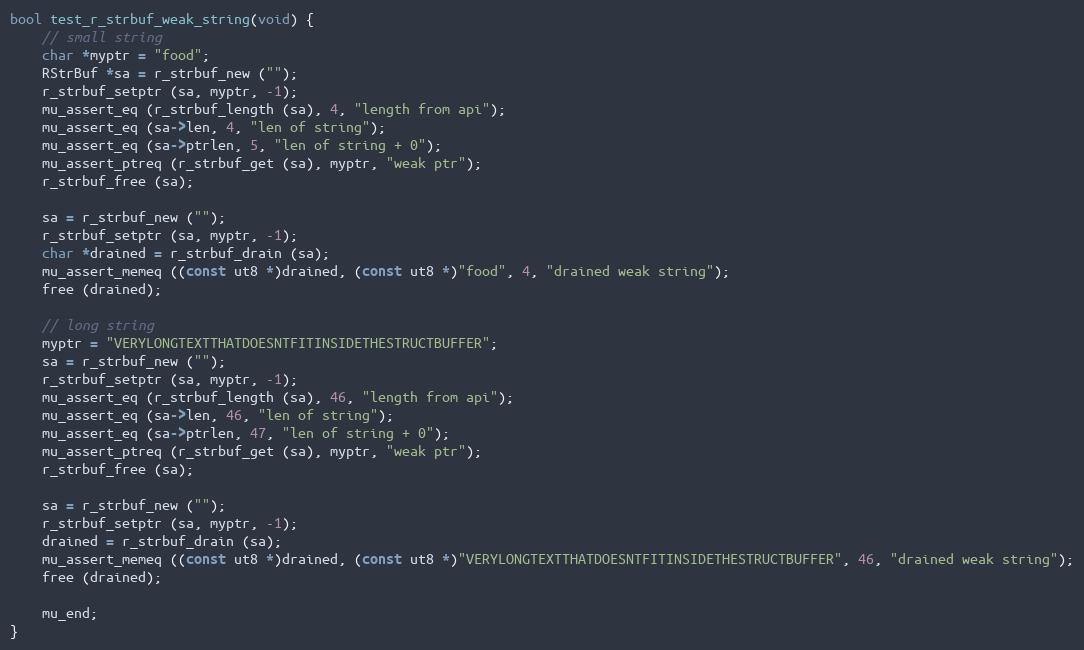
Language: C
bool test_r_strbuf_weak_string(void) {
	// small string
	char *myptr = "food";
	RStrBuf *sa = r_strbuf_new ("");
	r_strbuf_setptr (sa, myptr, -1);
	mu_assert_eq (r_strbuf_length (sa), 4, "length from api");
	mu_assert_eq (sa->len, 4, "len of string");
	mu_assert_eq (sa->ptrlen, 5, "len of string + 0");
	mu_assert_ptreq (r_strbuf_get (sa), myptr, "weak ptr");
	r_strbuf_free (sa);

	sa = r_strbuf_new ("");
	r_strbuf_setptr (sa, myptr, -1);
	char *drained = r_strbuf_drain (sa);
	mu_assert_memeq ((const ut8 *)drained, (const ut8 *)"food", 4, "drained weak string");
	free (drained);

	// long string
	myptr = "VERYLONGTEXTTHATDOESNTFITINSIDETHESTRUCTBUFFER";
	sa = r_strbuf_new ("");
	r_strbuf_setptr (sa, myptr, -1);
	mu_assert_eq (r_strbuf_length (sa), 46, "length from api");
	mu_assert_eq (sa->len, 46, "len of string");
	mu_assert_eq (sa->ptrlen, 47, "len of string + 0");
	mu_assert_ptreq (r_strbuf_get (sa), myptr, "weak ptr");
	r_strbuf_free (sa);

	sa = r_strbuf_new ("");
	r_strbuf_setptr (sa, myptr, -1);
	drained = r_strbuf_drain (sa);
	mu_assert_memeq ((const ut8 *)drained, (const ut8 *)"VERYLONGTEXTTHATDOESNTFITINSIDETHESTRUCTBUFFER", 46, "drained weak string");
	free (drained);

	mu_end;
}